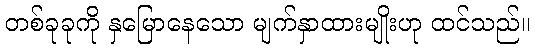
တစ်ခုခုကို နှမြောနေသော မျက်နှာထားမျိုးဟု ထင်သည်။